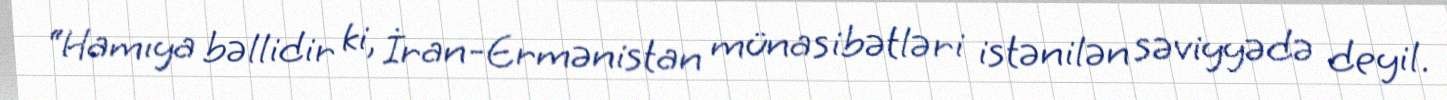
“Hamıya bəllidir ki, İran-Ermənistan münasibətləri istənilən səviyyədə deyil.